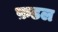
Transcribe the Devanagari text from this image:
फ़डल